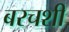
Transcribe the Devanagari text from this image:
बरचशी